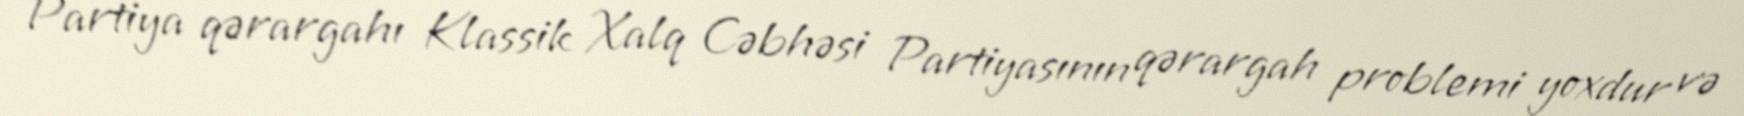
Partiya qərargahı Klassik Xalq Cəbhəsi Partiyasının qərargah problemi yoxdur və